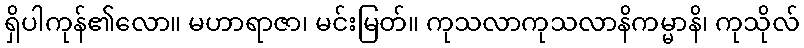
ရှိပါကုန်၏လော။ မဟာရာဇာ၊ မင်းမြတ်။ ကုသလာကုသလာနိကမ္မာနိ၊ ကုသိုလ်